Document type: Sale
Year: 1430
Scribe: [Unknown]
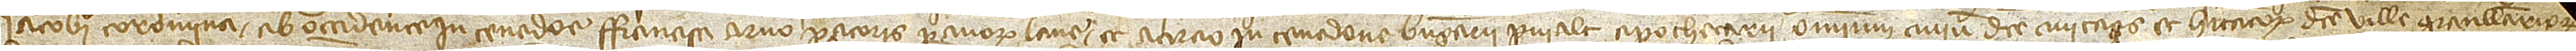
Iacobi Coromina; ab occidente in tenedone Francisci Arno, paratoris pannorum lane; et a circio in tenedone Berengarii Puialt, apothecarii, omnium civium dicte civitatis et habitatorum dicte ville Granullariorum.